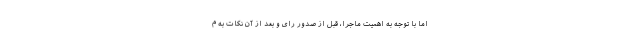
اما با توجه به اهمیت ماجرا، قبل از صدور رای و بعد از آن نکات به م